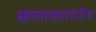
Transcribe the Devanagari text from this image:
कलाकारांनीच